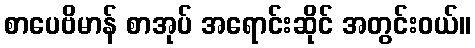
စာပေဗိမာန် စာအုပ် အရောင်းဆိုင် အတွင်းဝယ်။